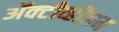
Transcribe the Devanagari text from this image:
ॲक्टीव्हीझम